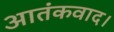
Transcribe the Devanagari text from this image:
आतंकवाद।